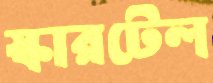
স্কারটেল